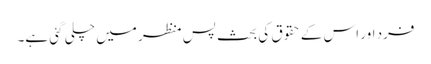
فرد اور اس کے حقوق کی بحث پس منظر میں چلی گئی ہے۔